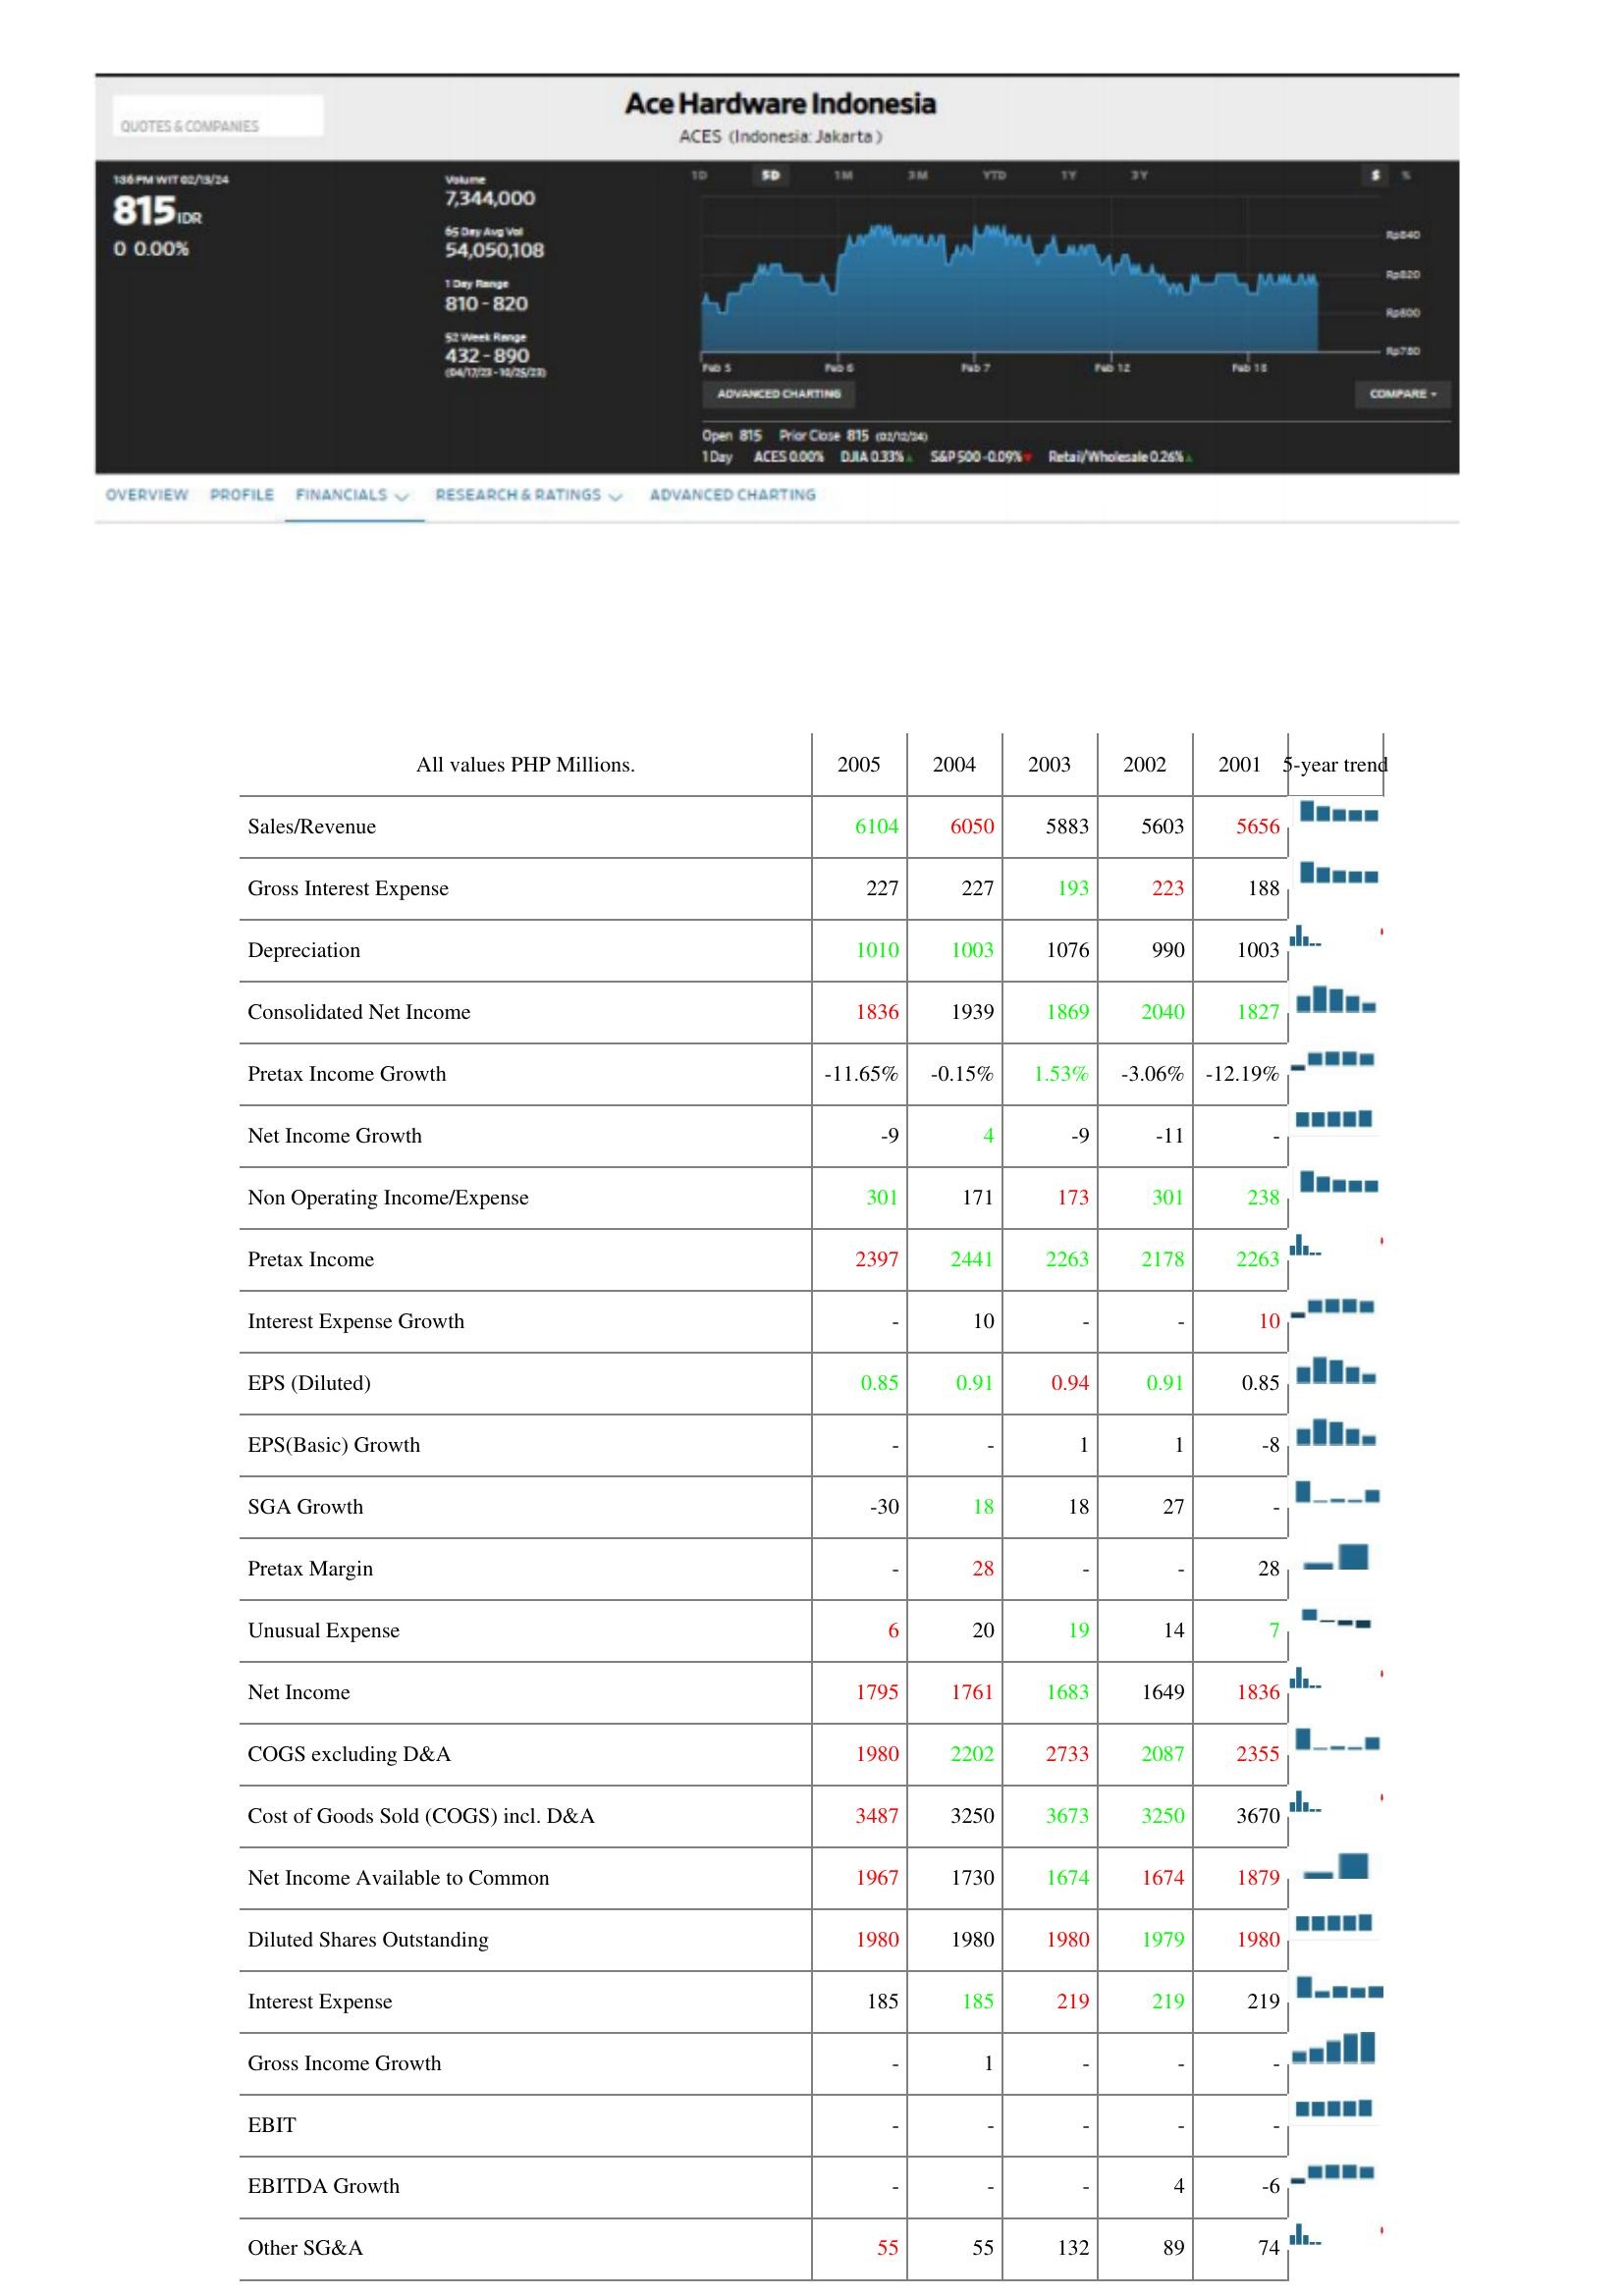
2005: : Sales/Revenue: 6104
Gross Interest Expense: 227
Depreciation: 1010
Consolidated Net Income: 1836
Pretax Income Growth: -11.65%
Net Income Growth: -9
Non Operating Income/Expense: 301
Pretax Income: 2397
Interest Expense Growth: -
EPS (Diluted): 0.85
EPS(Basic) Growth: -
SGA Growth: -30
Pretax Margin: -
Unusual Expense: 6
Net Income: 1795
COGS excluding D&A: 1980
Cost of Goods Sold (COGS) incl. D&A: 3487
Net Income Available to Common: 1967
Diluted Shares Outstanding: 1980
Interest Expense: 185
Gross Income Growth: -
EBIT: -
EBITDA Growth: -
Other SG&A: 55
2004: : Sales/Revenue: 6050
Gross Interest Expense: 227
Depreciation: 1003
Consolidated Net Income: 1939
Pretax Income Growth: -0.15%
Net Income Growth: 4
Non Operating Income/Expense: 171
Pretax Income: 2441
Interest Expense Growth: 10
EPS (Diluted): 0.91
EPS(Basic) Growth: -
SGA Growth: 18
Pretax Margin: 28
Unusual Expense: 20
Net Income: 1761
COGS excluding D&A: 2202
Cost of Goods Sold (COGS) incl. D&A: 3250
Net Income Available to Common: 1730
Diluted Shares Outstanding: 1980
Interest Expense: 185
Gross Income Growth: 1
EBIT: -
EBITDA Growth: -
Other SG&A: 55
2003: : Sales/Revenue: 5883
Gross Interest Expense: 193
Depreciation: 1076
Consolidated Net Income: 1869
Pretax Income Growth: 1.53%
Net Income Growth: -9
Non Operating Income/Expense: 173
Pretax Income: 2263
Interest Expense Growth: -
EPS (Diluted): 0.94
EPS(Basic) Growth: 1
SGA Growth: 18
Pretax Margin: -
Unusual Expense: 19
Net Income: 1683
COGS excluding D&A: 2733
Cost of Goods Sold (COGS) incl. D&A: 3673
Net Income Available to Common: 1674
Diluted Shares Outstanding: 1980
Interest Expense: 219
Gross Income Growth: -
EBIT: -
EBITDA Growth: -
Other SG&A: 132
2002: : Sales/Revenue: 5603
Gross Interest Expense: 223
Depreciation: 990
Consolidated Net Income: 2040
Pretax Income Growth: -3.06%
Net Income Growth: -11
Non Operating Income/Expense: 301
Pretax Income: 2178
Interest Expense Growth: -
EPS (Diluted): 0.91
EPS(Basic) Growth: 1
SGA Growth: 27
Pretax Margin: -
Unusual Expense: 14
Net Income: 1649
COGS excluding D&A: 2087
Cost of Goods Sold (COGS) incl. D&A: 3250
Net Income Available to Common: 1674
Diluted Shares Outstanding: 1979
Interest Expense: 219
Gross Income Growth: -
EBIT: -
EBITDA Growth: 4
Other SG&A: 89
2001: : Sales/Revenue: 5656
Gross Interest Expense: 188
Depreciation: 1003
Consolidated Net Income: 1827
Pretax Income Growth: -12.19%
Net Income Growth: -
Non Operating Income/Expense: 238
Pretax Income: 2263
Interest Expense Growth: 10
EPS (Diluted): 0.85
EPS(Basic) Growth: -8
SGA Growth: -
Pretax Margin: 28
Unusual Expense: 7
Net Income: 1836
COGS excluding D&A: 2355
Cost of Goods Sold (COGS) incl. D&A: 3670
Net Income Available to Common: 1879
Diluted Shares Outstanding: 1980
Interest Expense: 219
Gross Income Growth: -
EBIT: -
EBITDA Growth: -6
Other SG&A: 74